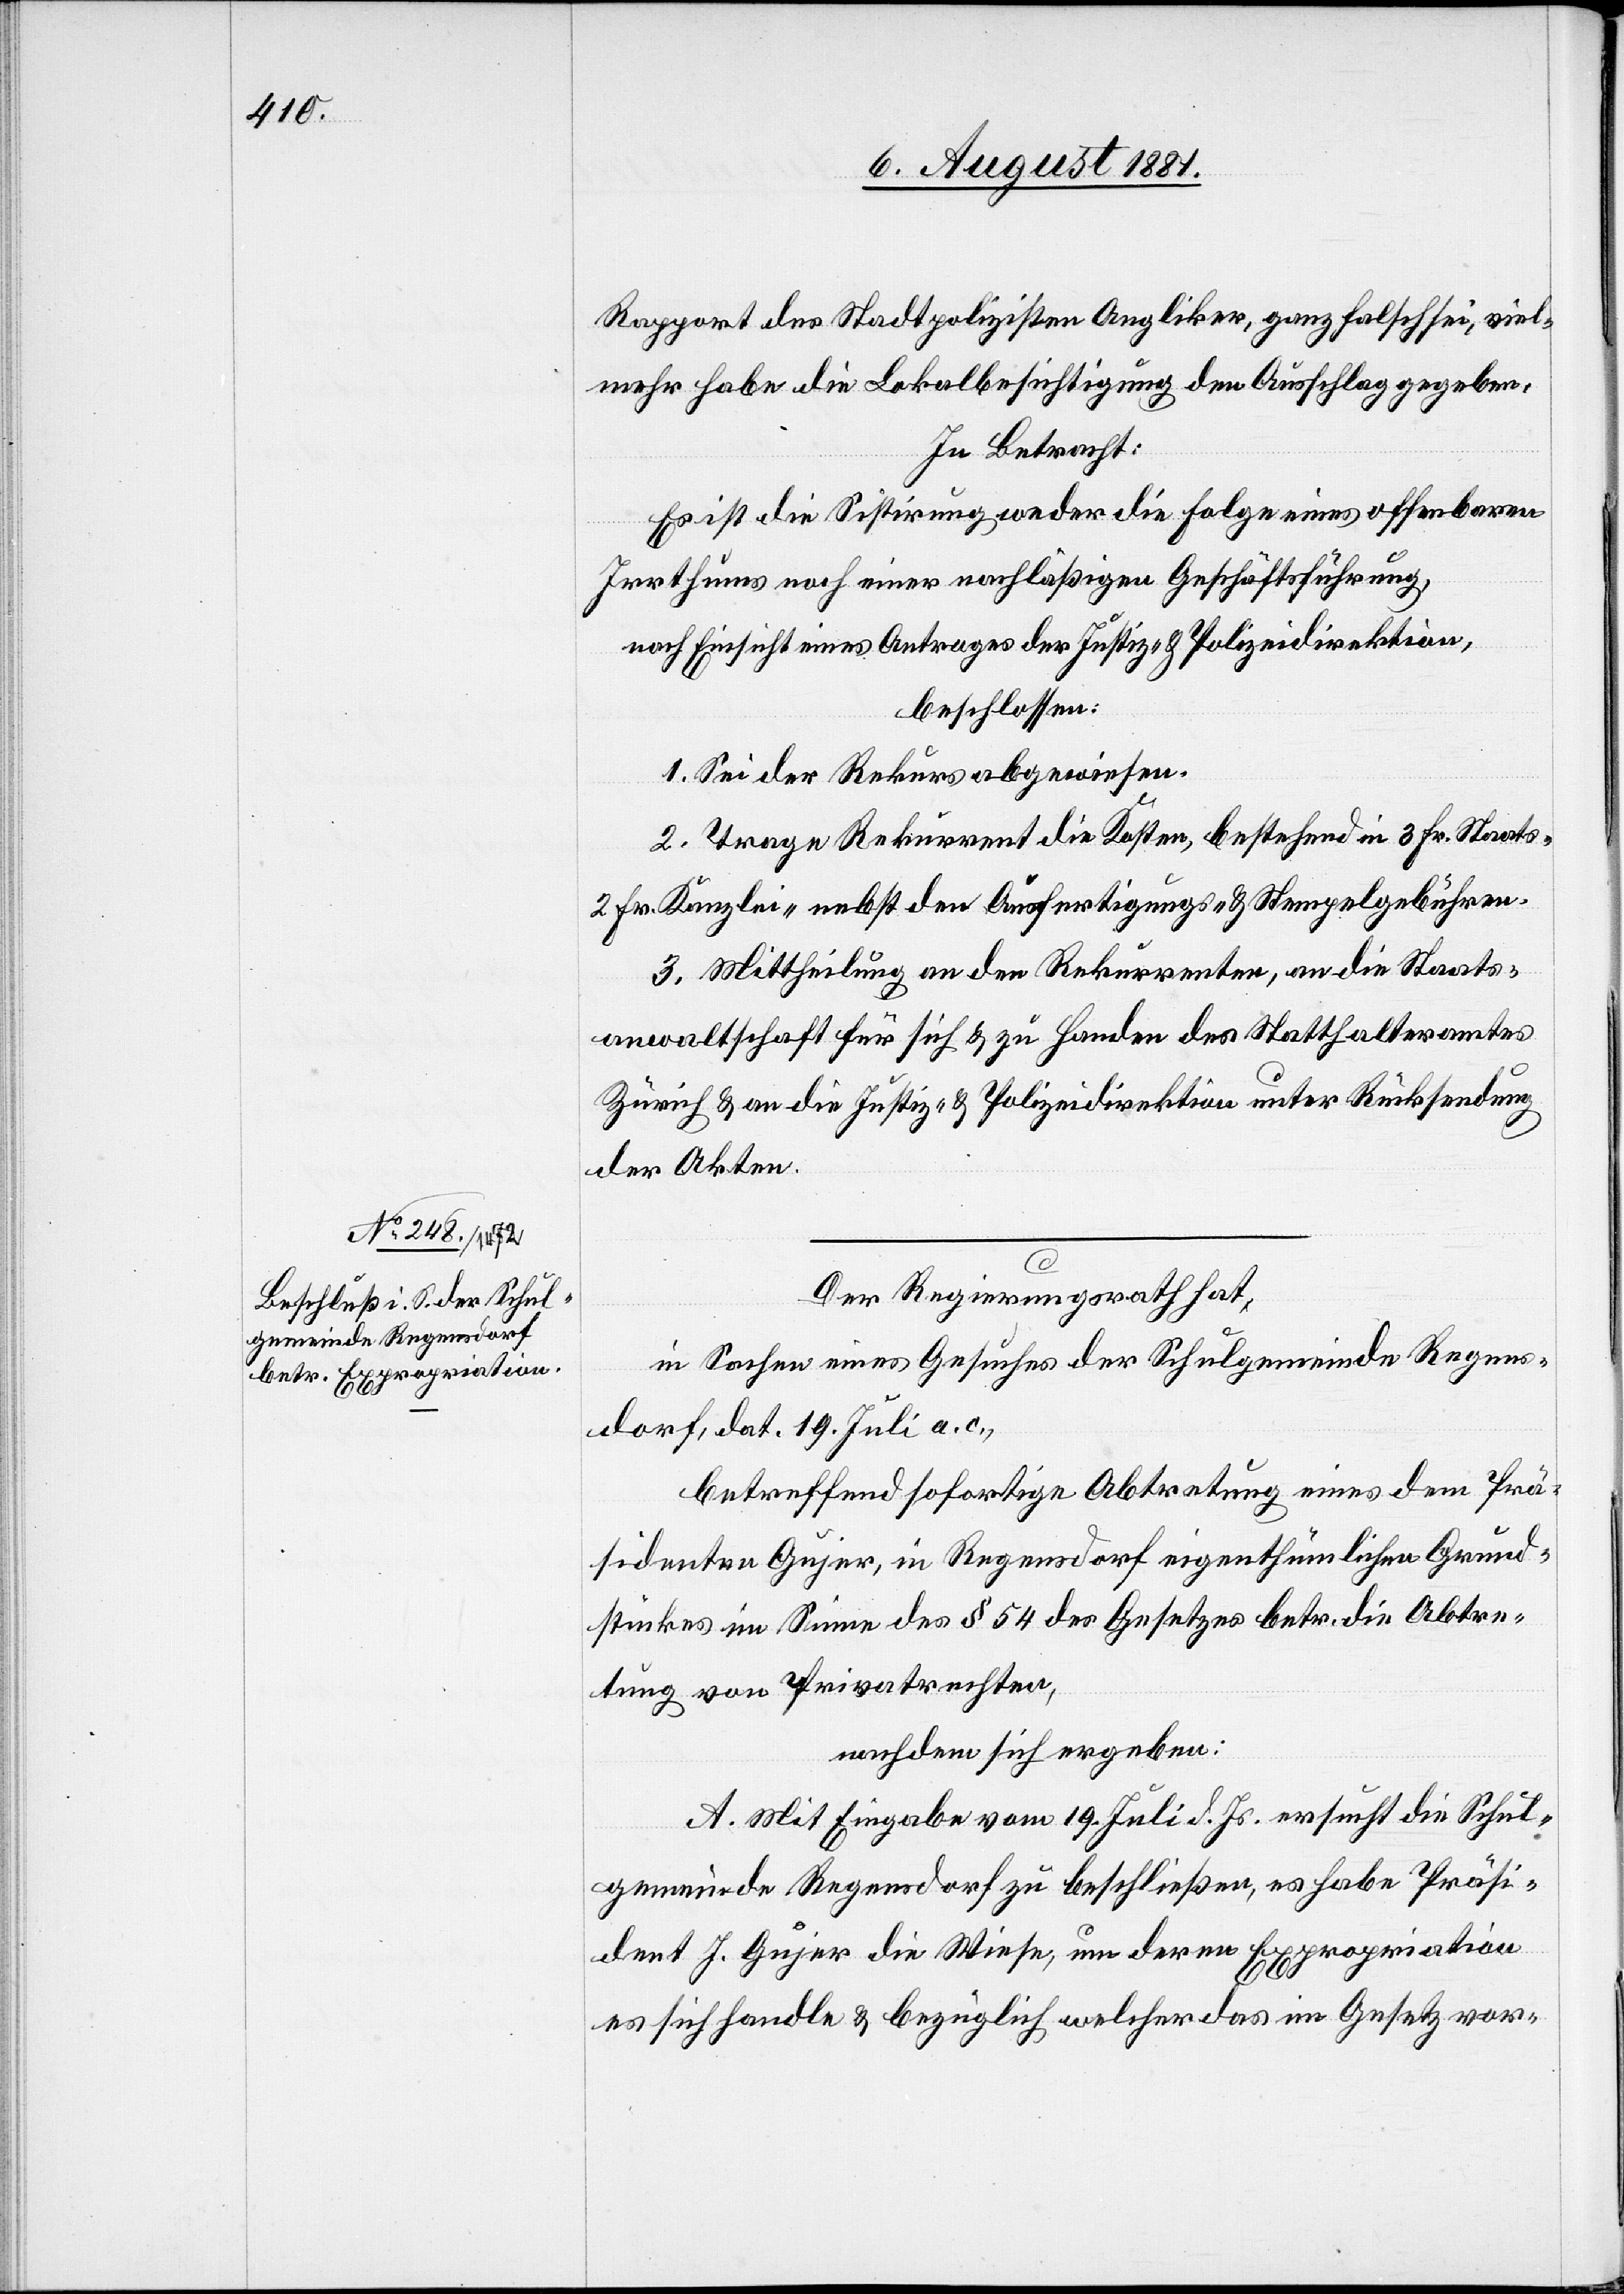
Der Regierungsrath hat,
in Sachen eines Gesuches der Schulgemeinde Regens¬
dorf, dat. 19. Juli a. c.,
betreffend sofortiger Abtretung eines dem Prä¬
sidenten Gujer, in Regensdorf eigenthümlichen Grund¬
stückes im Sinne des § 54 des Gesetzes betr. die Abtre¬
tung von Privatrechten,
nachdem sich ergeben:
A. Mit Eingabe vom 19. Juli d. Js. ersucht die Schul¬
gemeinde Regensdorf zu beschließen, es habe Präsi¬
dent J. Gujer die Wiese, um deren Expropriation
es sich handle & bezüglich welcher das Gesetz vor-